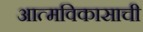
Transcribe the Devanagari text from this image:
आत्मविकासाची